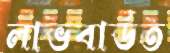
লাভবার্ডত